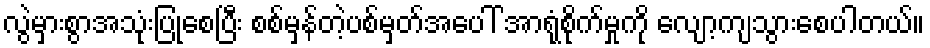
လွဲမှားစွာအသုံးပြုစေပြီး စစ်မှန်တဲ့ပစ်မှတ်အပေါ် အာရုံစိုက်မှုကို လျော့ကျသွားစေပါတယ်။